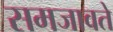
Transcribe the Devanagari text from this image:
समजावते